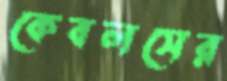
কেবলসের